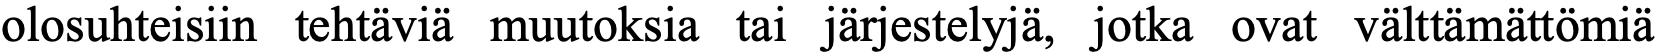
olosuhteisiin tehtäviä muutoksia tai järjestelyjä, jotka ovat välttämättömiä